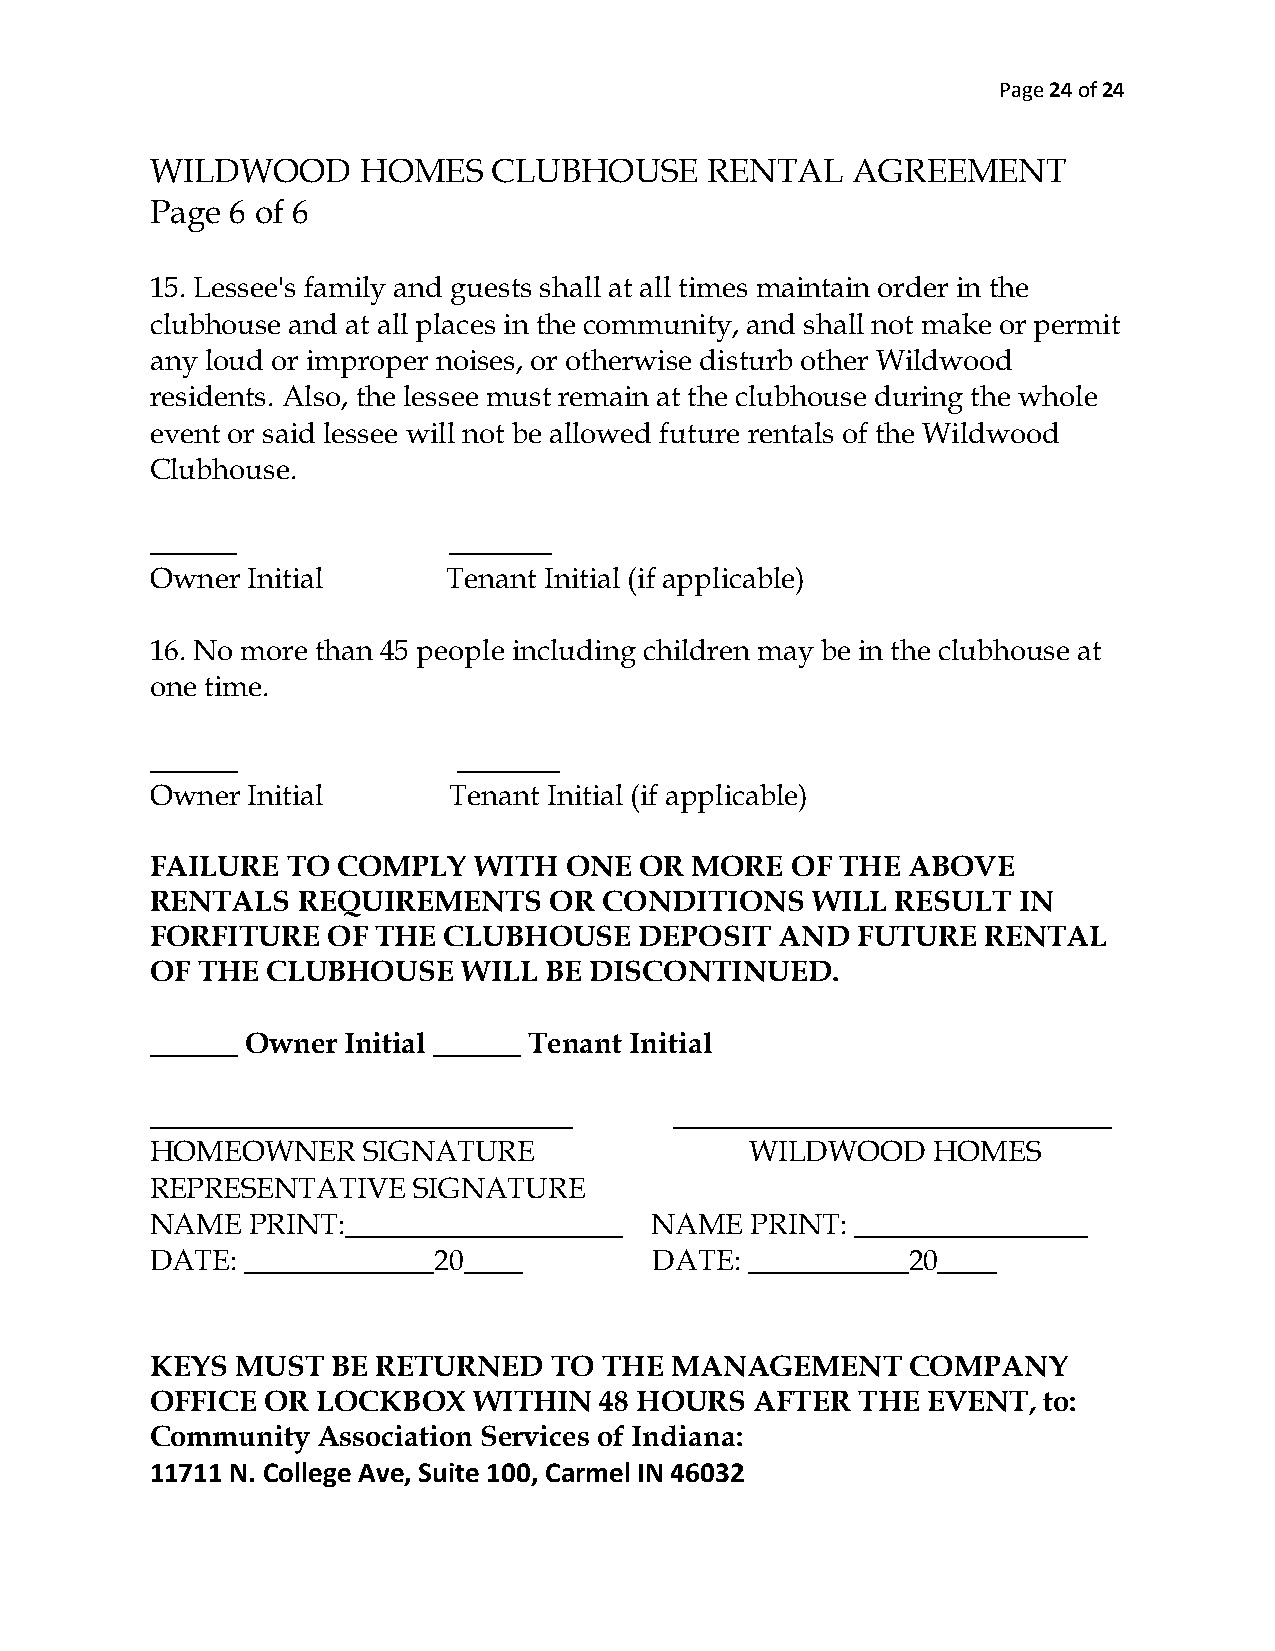
Page 24 of 24
 WILDWOOD      HOMES    CLUBHOUSE     RENTAL   AGREEMENT
 Page 6 of 6
 15. Lessee's family and guests shall at all times maintain order in the
 clubhouse and at all places in the community, and shall not make or permit
 any loud or improper noises, or otherwise disturb other Wildwood
 residents. Also, the lessee must remain at the clubhouse during the whole
 event or said lessee will not be allowed future rentals of the Wildwood
 Clubhouse.
 ______              _______
 Owner Initial       Tenant Initial (if applicable)
 16. No more than 45 people including children may be in the clubhouse at
 one time.
 ______              _______
 Owner Initial       Tenant Initial (if applicable)
 FAILURE  TO COMPLY   WITH  ONE  OR  MORE  OF  THE ABOVE
 RENTALS   REQUIREMENTS    OR  CONDITIONS    WILL RESULT  IN
 FORFITURE   OF THE CLUBHOUSE    DEPOSIT   AND  FUTURE  RENTAL
 OF THE  CLUBHOUSE    WILL BE DISCONTINUED.
 ______ Owner Initial ______ Tenant Initial
 _____________________________      ______________________________
 HOMEOWNER     SIGNATURE                 WILDWOOD    HOMES
 REPRESENTATIVE   SIGNATURE
 NAME   PRINT:___________________ NAME   PRINT: ________________
 DATE: _____________20____        DATE:  ___________20____
 KEYS  MUST  BE RETURNED   TO  THE MANAGEMENT      COMPANY
 OFFICE OR  LOCKBOX   WITHIN   48 HOURS  AFTER  THE EVENT,  to:
 Community  Association Services of Indiana:
 11711 N. College Ave, Suite 100, Carmel IN 46032